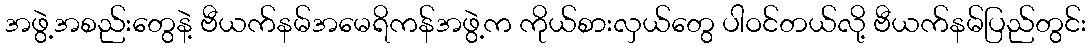
အဖွဲ့အစည်းတွေနဲ့ ဗီယက်နမ်အမေရိကန်အဖွဲ့က ကိုယ်စားလှယ်တွေ ပါဝင်တယ်လို့ ဗီယက်နမ်ပြည်တွင်း